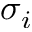
\sigma _ { i }